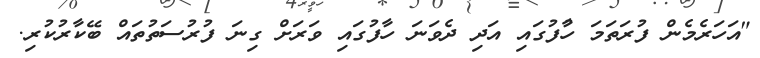
"އަހަރެމެން ފުރަތަމަ ހާުފުގައި އަދި ދެވަނަ ހާފުގައި ވަރަށް ގިނަ ފުރުސަތުތައް ބޭކާރުކުރި.